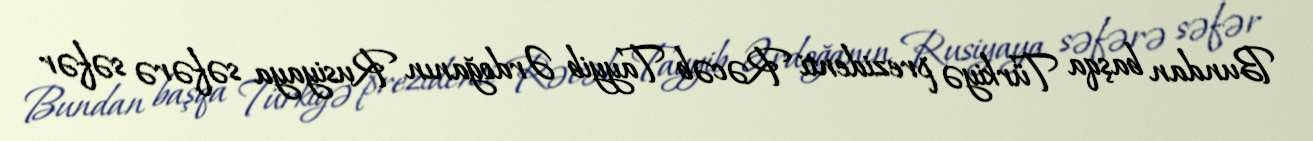
Bundan başqa Türkiyə prezidenti Rəcəb Tayyib Ərdoğanın Rusiyaya səfərə səfər